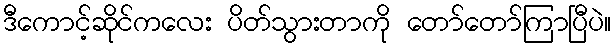
ဒီကောင့်ဆိုင်ကလေး ပိတ်သွားတာကို တော်တော်ကြာပြီပဲ။